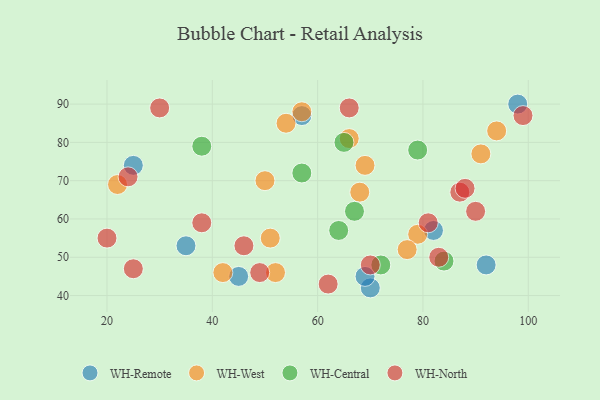
{"axis": {"x": "GDP", "y": "Life Expectancy"}, "legend": ["WH-Central", "WH-North", "WH-Remote", "WH-West"], "data": [{"x": "82", "y": 57, "type": "WH-Remote"}, {"x": "25", "y": 74, "type": "WH-Remote"}, {"x": "92", "y": 48, "type": "WH-Remote"}, {"x": "70", "y": 42, "type": "WH-Remote"}, {"x": "35", "y": 53, "type": "WH-Remote"}, {"x": "98", "y": 90, "type": "WH-Remote"}, {"x": "45", "y": 45, "type": "WH-Remote"}, {"x": "69", "y": 45, "type": "WH-Remote"}, {"x": "57", "y": 87, "type": "WH-Remote"}, {"x": "66", "y": 81, "type": "WH-West"}, {"x": "94", "y": 83, "type": "WH-West"}, {"x": "91", "y": 77, "type": "WH-West"}, {"x": "68", "y": 67, "type": "WH-West"}, {"x": "57", "y": 88, "type": "WH-West"}, {"x": "42", "y": 46, "type": "WH-West"}, {"x": "50", "y": 70, "type": "WH-West"}, {"x": "51", "y": 55, "type": "WH-West"}, {"x": "69", "y": 74, "type": "WH-West"}, {"x": "54", "y": 85, "type": "WH-West"}, {"x": "22", "y": 69, "type": "WH-West"}, {"x": "79", "y": 56, "type": "WH-West"}, {"x": "77", "y": 52, "type": "WH-West"}, {"x": "52", "y": 46, "type": "WH-West"}, {"x": "79", "y": 78, "type": "WH-Central"}, {"x": "72", "y": 48, "type": "WH-Central"}, {"x": "84", "y": 49, "type": "WH-Central"}, {"x": "38", "y": 79, "type": "WH-Central"}, {"x": "67", "y": 62, "type": "WH-Central"}, {"x": "57", "y": 72, "type": "WH-Central"}, {"x": "64", "y": 57, "type": "WH-Central"}, {"x": "65", "y": 80, "type": "WH-Central"}, {"x": "24", "y": 71, "type": "WH-North"}, {"x": "87", "y": 67, "type": "WH-North"}, {"x": "88", "y": 68, "type": "WH-North"}, {"x": "46", "y": 53, "type": "WH-North"}, {"x": "90", "y": 62, "type": "WH-North"}, {"x": "38", "y": 59, "type": "WH-North"}, {"x": "99", "y": 87, "type": "WH-North"}, {"x": "66", "y": 89, "type": "WH-North"}, {"x": "83", "y": 50, "type": "WH-North"}, {"x": "62", "y": 43, "type": "WH-North"}, {"x": "30", "y": 89, "type": "WH-North"}, {"x": "49", "y": 46, "type": "WH-North"}, {"x": "25", "y": 47, "type": "WH-North"}, {"x": "20", "y": 55, "type": "WH-North"}, {"x": "81", "y": 59, "type": "WH-North"}, {"x": "70", "y": 48, "type": "WH-North"}]}